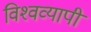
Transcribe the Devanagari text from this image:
विश्‍वव्यापी